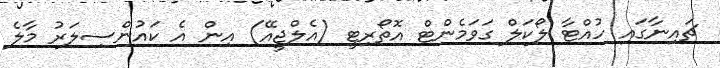
ޗައިނާގައި ހުއްޓާ ލޯކަލް ގަވަމެންޓް އޮތޯރިޓީ (އެލްޖީއޭ) އިން އެ ކައުންސިލަރު މާލެ